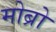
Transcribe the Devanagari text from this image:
मोब्रो